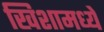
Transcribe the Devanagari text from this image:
खिशामध्ये